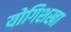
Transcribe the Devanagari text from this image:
योगिशखा